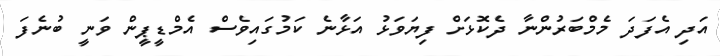
އަދި އެފަދަ މެމްބަރުންނާ ދެކޮޅަށް ފިޔަވަޅު އަޅާނެ ކަަމުގައިވެސް އެމްޑީޕީން ވަނީ ބުނެފަ